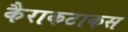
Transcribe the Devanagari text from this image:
कैराकटाकस